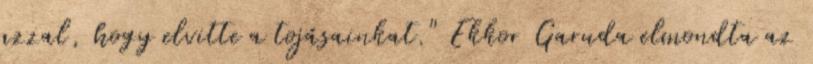
azzal, hogy elvitte a tojásainkat." Ekkor Garuda elmondta az